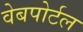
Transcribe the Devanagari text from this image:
वेबपोर्टल